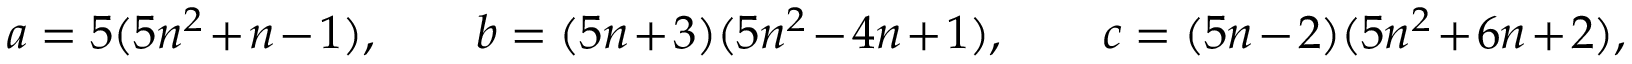
a = 5 ( 5 n ^ { 2 } + n - 1 ) , \quad \quad b = ( 5 n + 3 ) ( 5 n ^ { 2 } - 4 n + 1 ) , \quad \quad c = ( 5 n - 2 ) ( 5 n ^ { 2 } + 6 n + 2 ) ,